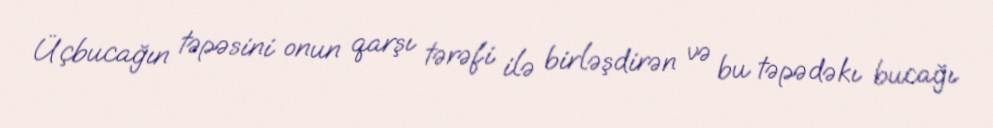
Üçbucağın təpəsini onun qarşı tərəfi ilə birləşdirən və bu təpədəkı bucağı